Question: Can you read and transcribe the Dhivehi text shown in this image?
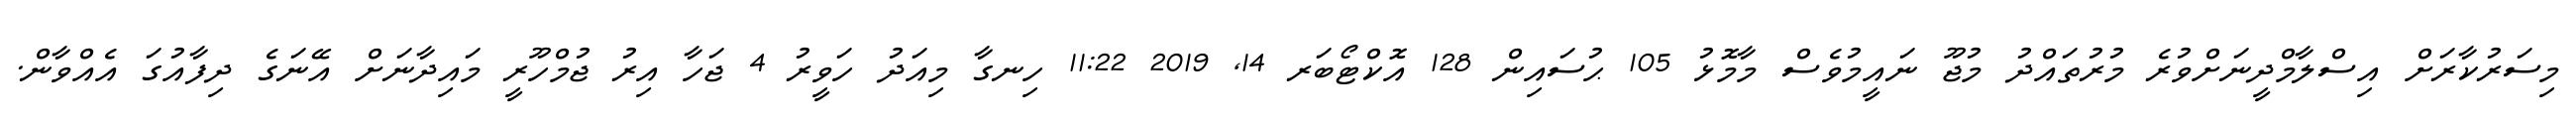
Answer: މިސަރުކާރަށް އިސްލާމްދީނަށްވުރެ މުރުތައްދު މުޖޫ ނައީމުވެސް މާމޮޅު 105 ޙުސައިން 128 އޮކްޓޯބަރ 14, 2019 11:22 ހިނގާ މިއަދު ހަވީރު 4 ޖަހާ އިރު ޖުމްހޫރީ މައިދާނަށް އޭނަގެ ދިފާއުގަ އެއްވާން.